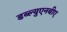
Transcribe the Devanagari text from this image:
डब्ल्युएनबीए